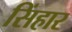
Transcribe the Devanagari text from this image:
सिंहार